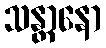
သန္တာနော